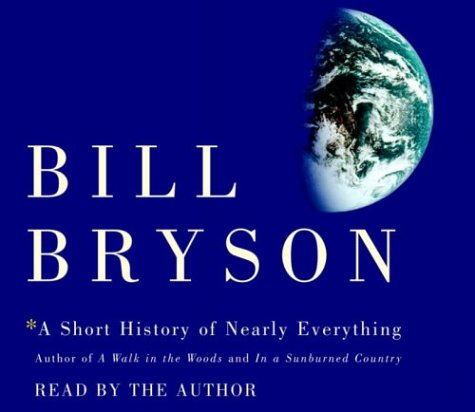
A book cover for A Short History of Nearly Everything; Bill Bryson; Science & Math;